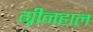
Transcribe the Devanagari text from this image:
ग्रीनहाल